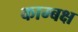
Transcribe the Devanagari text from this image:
काम्बक्ष